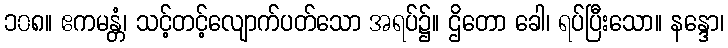
၁၀၈။ ဧကမန္တံ၊ သင့်တင့်လျောက်ပတ်သော အရပ်၌။ ဌိတော ခေါ၊ ရပ်ပြီးသော။ နန္ဒော၊